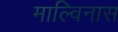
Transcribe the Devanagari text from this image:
माल्विनास